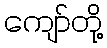
ကျော်တို့